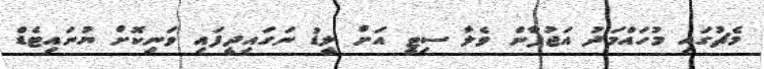
މެޗުގައި މުހައްމަދު އަޖުފާން ވެލާ ސިޓީ އަށް ލީޑު ނަގައިދީފައި ވަނިކޮށް ޔުނައިޓެޑް